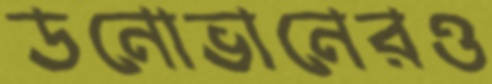
ডনোভানেরও